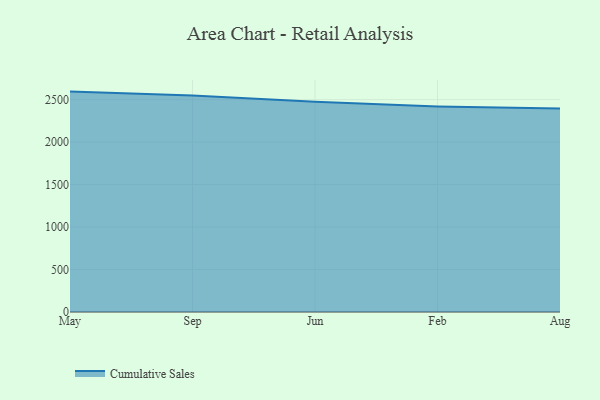
{"axis": {"x": "Month", "y": "Operating Costs (USD K)"}, "legend": ["Cumulative Sales"], "data": [{"x": "May", "y": 2594.4, "type": "Cumulative Sales"}, {"x": "Sep", "y": 2549.4, "type": "Cumulative Sales"}, {"x": "Jun", "y": 2474.6, "type": "Cumulative Sales"}, {"x": "Feb", "y": 2419.6, "type": "Cumulative Sales"}, {"x": "Aug", "y": 2395.7, "type": "Cumulative Sales"}]}